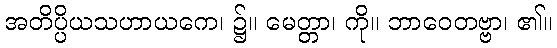
အတိပ္ပိယသဟာယကေ၊ ၌။ မေတ္တာ၊ ကို။ ဘာဝေတဗ္ဗာ၊ ၏။